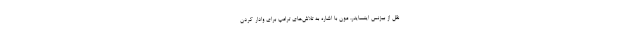
نقل از بیزنس اینسایدر، مون با اشاره به تلاش‌های ترامپ برای وادار کردن